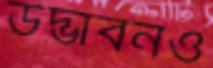
উদ্ভাবনও